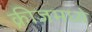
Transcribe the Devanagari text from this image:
क्रीजमध्ये